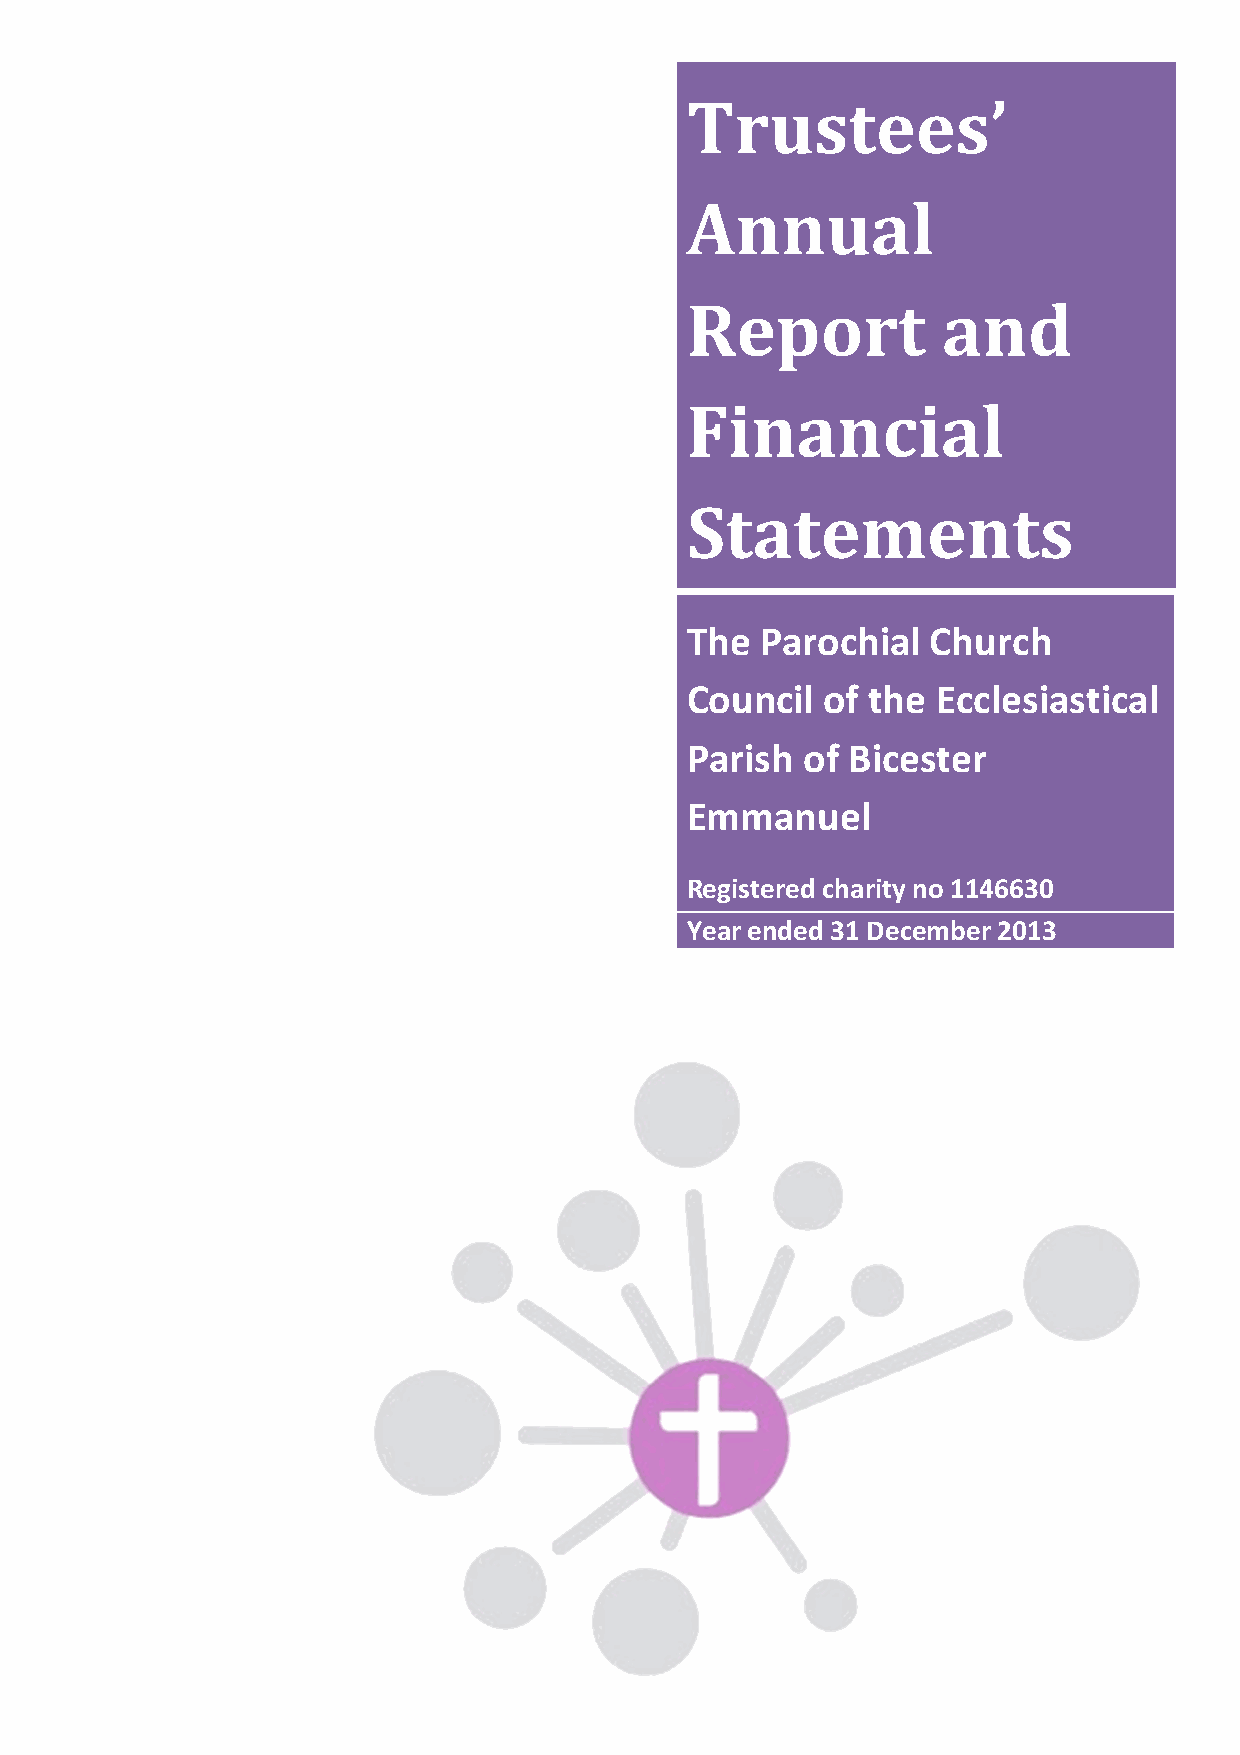
Trustees’
 Annual
 Report           and
 Financial
 Statements
 The  Parochial   Church
 Council   of the Ecclesiastical
 Parish  of Bicester
 Emmanuel
 Registered charity no 1146630
 Year ended 31 December 2013